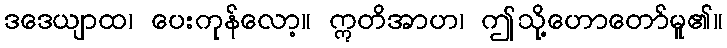
ဒဒေယျာထ၊ ပေးကုန်လော့။ ဣတိအာဟ၊ ဤသို့ဟောတော်မူ၏။